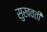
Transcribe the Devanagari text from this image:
सुखवती